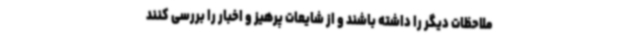
ملاحظات دیگر را داشته باشند و از شایعات پرهیز و اخبار را بررسی کنند